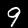
Label: 9